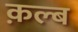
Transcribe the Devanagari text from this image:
क़ल्ब